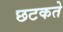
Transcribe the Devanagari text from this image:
छटकते